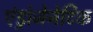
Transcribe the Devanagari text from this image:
एंड्रोजेनेटिक